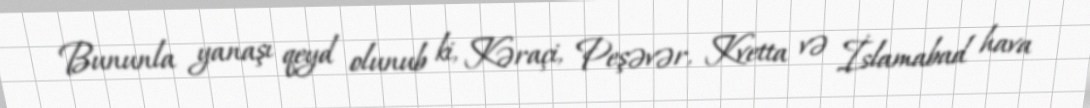
Bununla yanaşı qeyd olunub ki, Kəraçi, Peşəvər, Kvetta və İslamabad hava